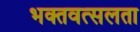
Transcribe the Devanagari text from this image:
भक्तवत्सलता